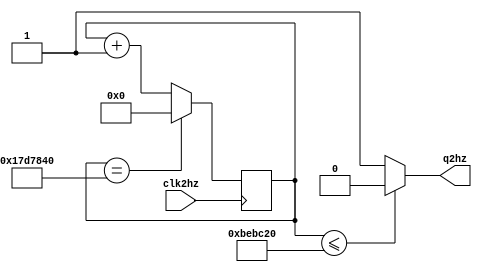
`timescale 1ns / 1ps
//////////////////////////////////////////////////////////////////////////////////
// Company: 
// Engineer: 
// 
// Design Name: 
// Module Name:    clk2hz 
// Project Name: 
// Target Devices: 
// Tool versions: 
// Description: 
//
// Dependencies: 
//
// Revision: 
// Revision 0.01 - File Created
// Additional Comments: 
//
//////////////////////////////////////////////////////////////////////////////////
module clk2hz
#(parameter M=25000000)
(
input clk2hz,
output q2hz
    );	 
	 
reg [30:0] r_reg;
wire [30:0] r_next;

initial r_reg = 0;
always @(posedge clk2hz)
	begin
		r_reg = r_next;
	end
assign r_next = (r_reg==M)?0:r_reg+1;
assign q2hz = (r_reg<=M/2)?0:1;


endmodule